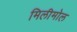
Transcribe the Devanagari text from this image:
मिलीमोल